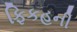
ફિકહની